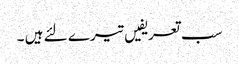
سب تعریفیں تیرے لئے ہیں ۔